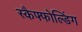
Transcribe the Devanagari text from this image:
स्कैफ्फोल्डिंग